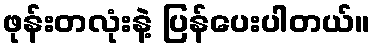
ဖုန်းတလုံးနဲ့ ပြန်ပေးပါတယ်။